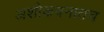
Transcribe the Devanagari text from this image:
अशोकवनातच